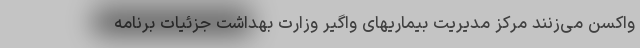
واکسن می‌زنند مرکز مدیریت بیماریهای واگیر وزارت بهداشت جزئیات برنامه